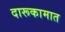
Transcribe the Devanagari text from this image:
दारूकामात